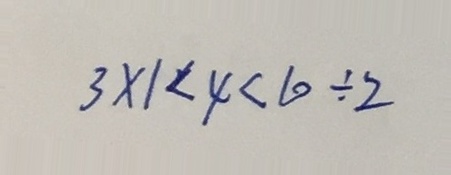
3 \times 1 < 4 < 1 0 \div 2